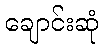
ချောင်းဆုံ